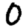
Digit: 0